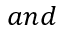
a n d